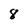
Character: 8